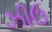
ઝીઉ